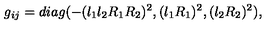
g _ { i j } = d i a g ( - ( l _ { 1 } l _ { 2 } R _ { 1 } R _ { 2 } ) ^ { 2 } , ( l _ { 1 } R _ { 1 } ) ^ { 2 } , ( l _ { 2 } R _ { 2 } ) ^ { 2 } ) ,